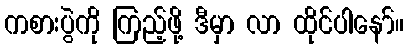
ကစားပွဲကို ကြည့်ဖို့ ဒီမှာ လာ ထိုင်ပါနော်။